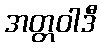
အတ္တဝါဒီ